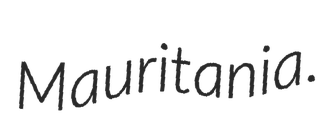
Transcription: Mauritania.